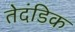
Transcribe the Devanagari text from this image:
तेदंडिक